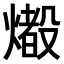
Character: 𤐢